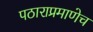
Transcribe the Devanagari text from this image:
पठाराप्रमाणेच